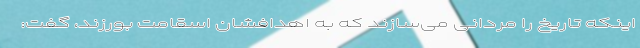
اینکه تاریخ را مردانی می‌سازند که به اهدافشان اسقامت بورزند، گفت: